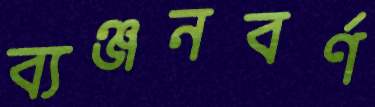
ব্যঞ্জনবর্ণ